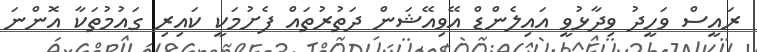
ރައީސް ވަހީދު ވިދާޅުވީ އައިލެންޑް އޭވިއޭޝަން ދަތުރުތައް ފެށުމަކީ ކައިރި ގައުމުތަކާ އޮންނަ